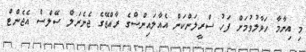
މި އިނާމާ ހަވާލުވުމަށް ފަހު ސްރީލަންކަން އެއާލައިންސްގެ ރާއްޖޭގެ ޖެނެރަލް ސޭލްސް އެޖެންޓް